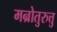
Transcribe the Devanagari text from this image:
मन्रोतुरुत्तु